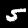
Digit: 5